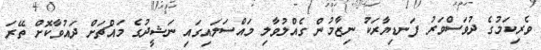
ވެރިކަމުގެ ދުވަސްވަރު ފަނޑިޔާރަކު ނިޒާމުން ގެއްލުވާލި މައްސަލައިގައި ނަޝީދުގެ މައްޗަށް ދައުވާކޮށް ތޭރަ